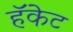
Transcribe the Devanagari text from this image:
हॅकेट